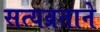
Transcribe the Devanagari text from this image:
सत्यव्रताने